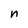
Character: n